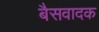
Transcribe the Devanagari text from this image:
बैसवादक